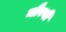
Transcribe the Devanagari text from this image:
मौरनी